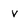
Character: v